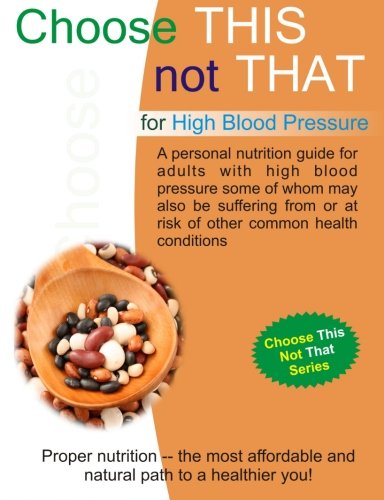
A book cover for Choose This Not That for High Blood Pressure: Choose This Not That Series; Personal Remedies LLC; Health, Fitness & Dieting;